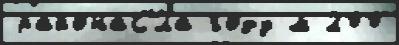
районаС'́ла году м 200